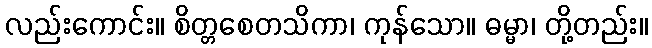
လည်းကောင်း။ စိတ္တစေတသိကာ၊ ကုန်သော။ ဓမ္မာ၊ တို့တည်း။